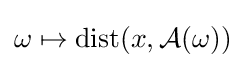
\omega \mapsto \mathrm {dist} (x,{\mathcal {A}}(\omega ))